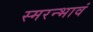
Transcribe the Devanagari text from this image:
स्मरन्भावं